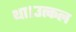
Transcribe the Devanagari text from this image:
था।उत्कल